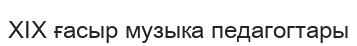
XIX ғасыр музыка педагогтары